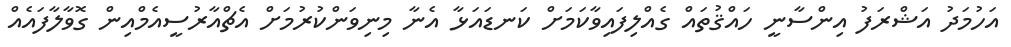
އަހުމަދު އަޝްރަފު އިންސާނީ ހައްޤުތައް ގެއްލިފައިވާކަމަށް ކަނޑައަޅާ އެނާ މިނިވަންކުރުމަށް އެޗްއާރުސީއެމްއިން ގޮވާލާފައެއް